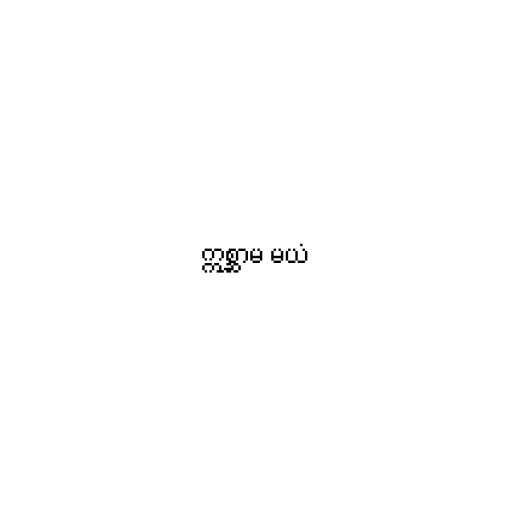
ဣစ္ဆာမ မယံ